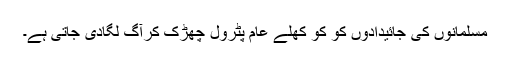
مسلمانوں کی جائیدادوں کو کو کھلے عام پٹرول چھڑک کرآگ لگادی جاتی ہے۔